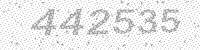
Solution: 442535